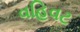
વહિવટ